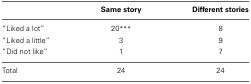
|  | Same story | Different stories |
 | --- | --- | --- |
 | “Liked a lot” | 20*** | 8 |
 | “Liked a little” | 3 | 9 |
 | “Did not like” | 1 | 7 |
 | Total | 24 | 24 |